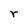
Character: r